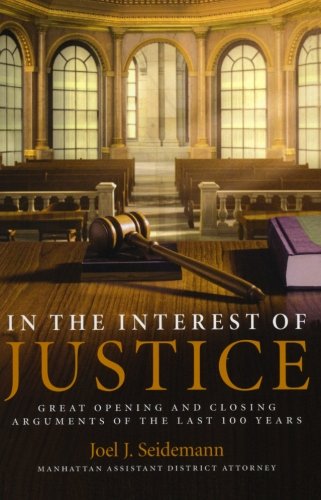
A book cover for In the Interest of Justice: Great Opening and Closing Arguments of the Last 100 Years; Joel Seidemann; Law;